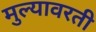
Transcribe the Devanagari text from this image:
मुल्यावरती